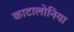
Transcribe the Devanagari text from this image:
काटालोनिया